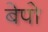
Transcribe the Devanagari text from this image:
बेपो